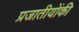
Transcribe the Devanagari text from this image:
प्रजातीयोंकी